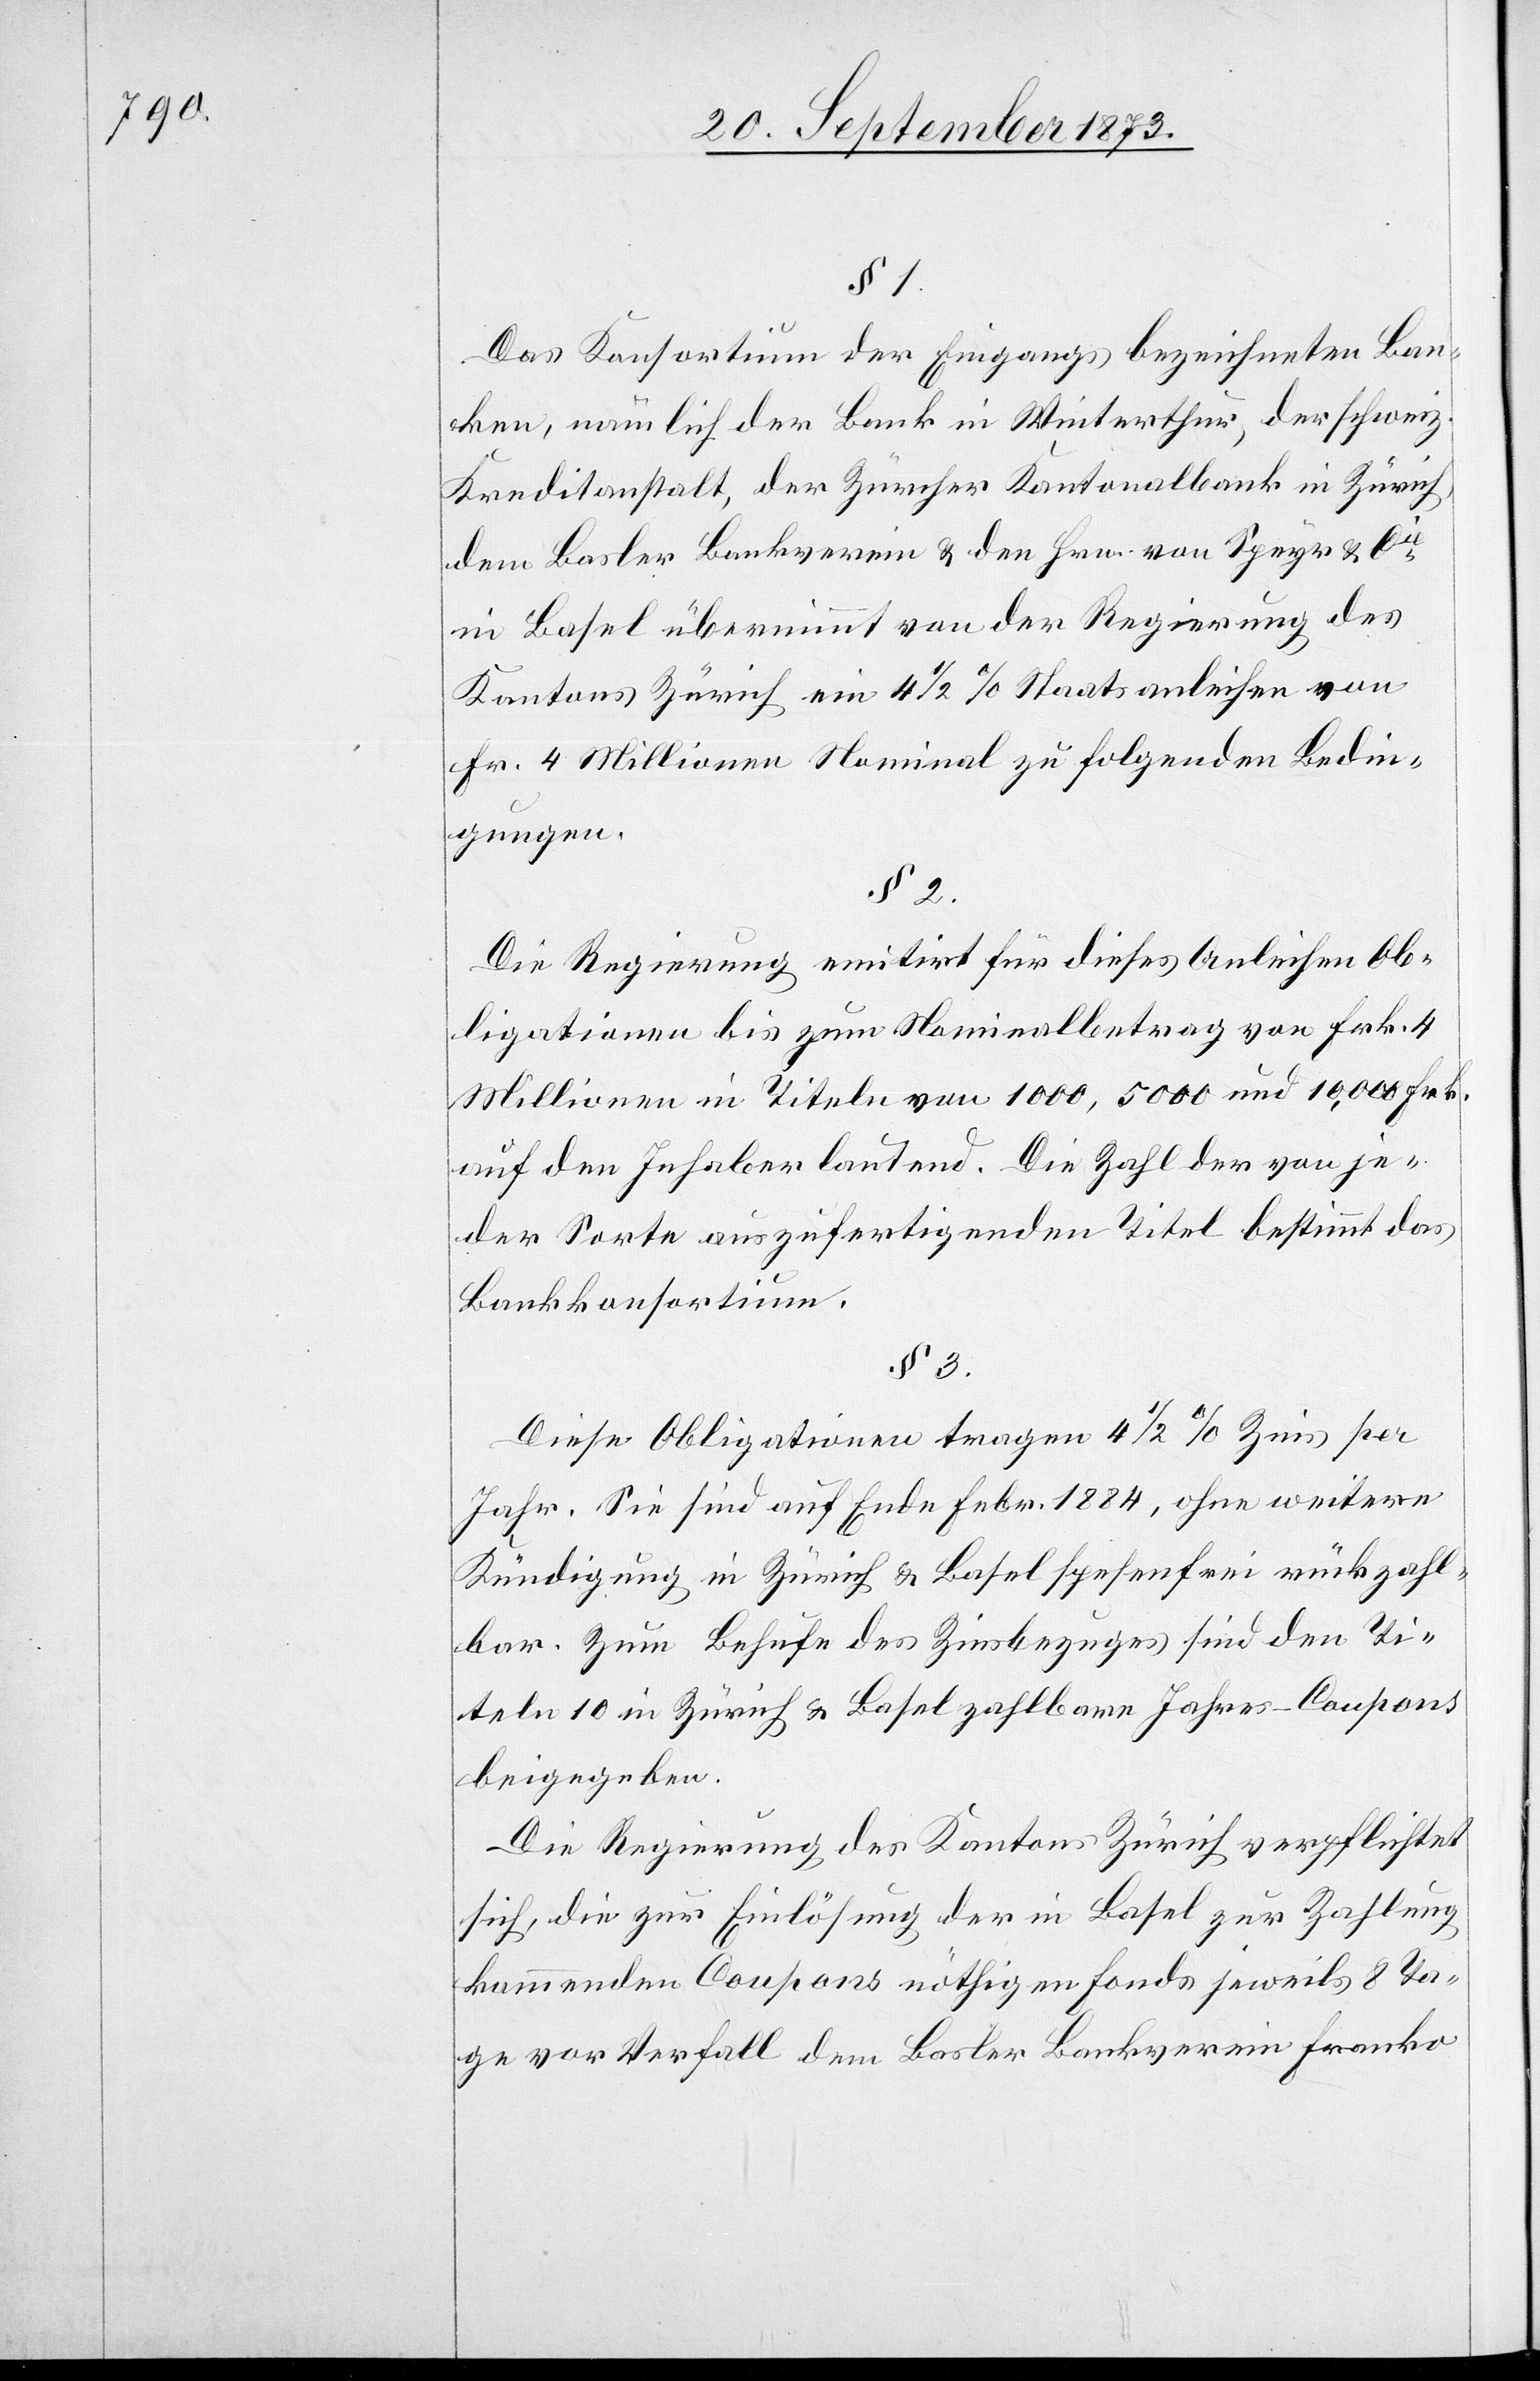
§ 3.

Das Konsortium der Eingangs bezeichneten Ban¬
ken, nämlich der Bank in Winterthur, der schweiz.
Kreditanstalt, der Zürcher Kantonalbank in Zürich,
dem Basler Bankverein & den Hrn. von Speyr & Cie
in Basel übernimmt von der Regierung des
Kantons Zürich ein 4 1/2% Staatsanleihen von
Fr. 4 Millionen Nominal zu folgenden Bedin¬
gungen.
§ 2.
Die Regierung emitirt für dieses Anleihen Ob¬
ligationen bis zum Nominalbetrag von Frk. 4
Millionen in Titeln von 1 000, 5 000 und 10,000 Frk.
auf den Inhaber lautend. Die Zahl der von je¬
der Sorte auszufertigenden Titel bestimmt das
Bankkonsortium.
Diese Obligationen tragen 4 1/2% Zins per
Jahr. Sie sind auf Ende Febr. 1884, ohne weitere
Kündigung in Zürich & Basel spesenfrei rückzahl¬
bar. Zum Behufe des Zinsbezuges sind den Ti¬
teln 10 in Zürich & Basel zahlbare Jahres-Coupons
beigegeben.
Die Regierung des Kantons Zürich verpflichtet
sich, die zur Einlösung der in Basel zur Zahlung
kommenden Coupons nöthigen Fonds jeweils 8 Ta¬
ge vor Verfall dem Basler Bankverein Franko